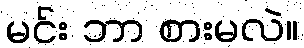
မင်း ဘာ စားမလဲ။